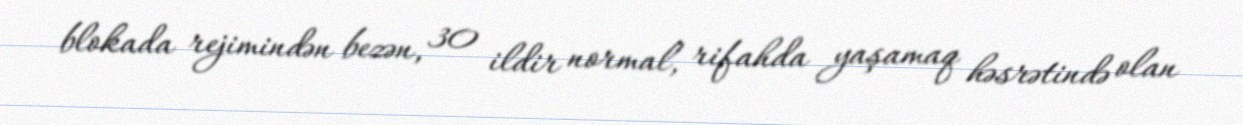
blokada rejimindən bezən, 30 ildir normal, rifahda yaşamaq həsrətində olan